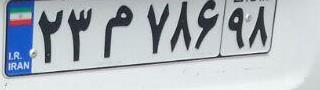
۲۳م۷۸۶۹۸